system: You are a helpful assistant.
user:
Analyze the provided spectrum to determine if it is a **Carbon Star (C-type)**.

- **Key Visual Indicators of Carbon Star:**
    - **(Primary):** Strong molecular absorption from **C₂ (diatomic carbon) "Swan Bands."** This is the **defining feature** of a carbon star.
        - **(Key Bandheads):** Sharp absorption edges are visible at approximately $5635$ Å, $5165$ Å (the strongest band), and $4737$ Å.
        - **(Line Profile):** Creates a distinct **"saw-tooth"** pattern. The key morphology is a sharp, steep bandhead on the **red (long-wavelength) side**, which then gradually tapers off (i.e., flux recovers) towards the **blue (short-wavelength) side**. *(This is the direct opposite of the TiO bands seen in M-type stars)*.

    - **(Secondary):** Intense **CN (cyanogen)** molecular absorption bands.
        - **(Key Bandheads):** Located in the blue and violet regions of the spectrum (e.g., near $4215$ Å and $3883$ Å).
        - **(Morphology):** These bands are extremely broad and act as a "blanket," absorbing the vast majority of blue and violet light. This creates a characteristic **"cliff"** or **"steep drop-off"** in the spectrum's flux at short wavelengths.

    - **(Key Confirmation):** Strong **CH absorption band (G-band)**.
        - **(Key Bandhead):** Located around $4300$ Å. The contribution from CH molecules to this band is exceptionally strong.

    - **(Overall Spectrum):**
        - The continuum is severely "chopped up" by these deep molecular bands, especially C₂, rather than appearing as a smooth curve.
        - Due to the heavy CN and C₂ absorption in the blue-green, the vast majority of the star's flux is concentrated in the red part of the spectrum, giving the star its characteristic deep red color.

Think first, call **spectral_visualization_tool** if needed to examine features in detail, then provide your final answer. Your response must adhere to the following strict rules:
1.  **Overall Structure:** Your response must follow the format `<think>...</think> <tool_call>...</tool_call> (if a tool is used) <answer>...</answer>`.
2.  **Tool Usage Constraint:** You may only make **one** tool call per turn.
3.  **Final Answer Format:** In the `<answer>` tag, your conclusion must be inside a `\boxed{}` command (e.g., `\boxed{YES}`), followed by your justification.

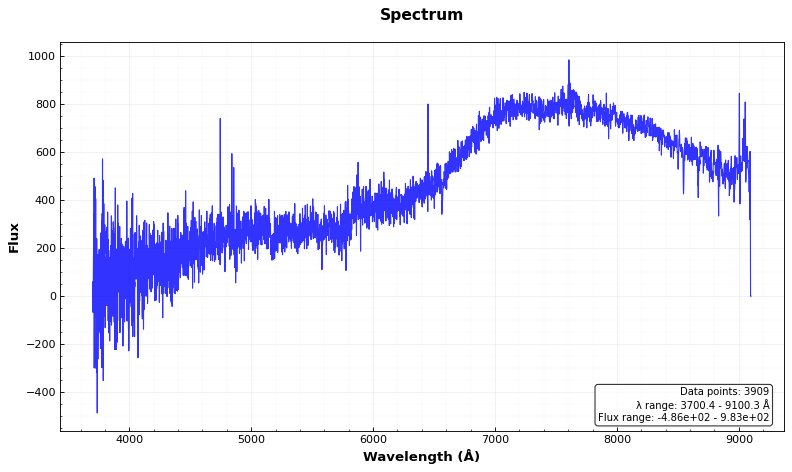
Answer: NO